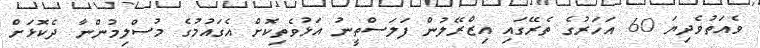
ވެއަތުވެދިޔަ 60 އަހަރުގެ ތެރޭގައި އިޒްރޭލުން ފަލަސްތީނު އަޅުވެތިކޮށް އެގައުމުގެ މުސްލިމުންނާ ދެކޮޅަށް